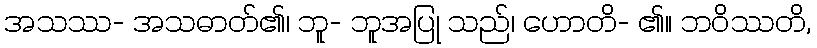
အသဿ- အသဓာတ်၏၊ ဘူ- ဘူအပြု သည်၊ ဟောတိ- ၏။ ဘဝိဿတိ,